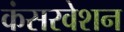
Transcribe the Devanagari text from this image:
कंसरवेशन